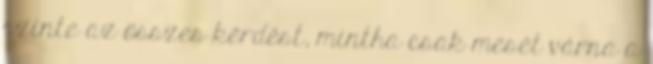
szinte az összes kérdést, mintha csak mesét várna a